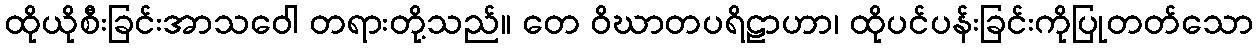
ထိုယိုစီးခြင်းအာသဝေါ တရားတို့သည်။ တေ ဝိဃာတပရိဠာဟာ၊ ထိုပင်ပန်းခြင်းကိုပြုတတ်သော